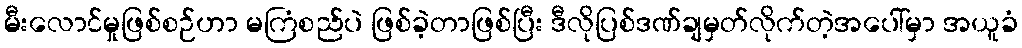
မီးလောင်မှုဖြစ်စဉ်ဟာ မကြံစည်ပဲ ဖြစ်ခဲ့တာဖြစ်ပြီး ဒီလိုပြစ်ဒဏ်ချမှတ်လိုက်တဲ့အပေါ်မှာ အယူခံ